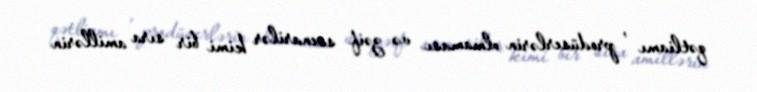
qətliamı , prodüserlərin olmaması və zəif ssenarilər kimi bir sıra amillərin